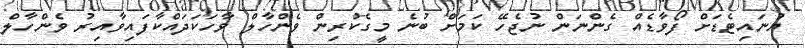
ޔުނައިޓެޑަށް ފޯވާޑެއް ގެންނަން ނުޖެހޭ ކަމަށް ބުނެ މީގެކުރިން ވެންހާލް ވާހަކަދައްކާފައިވާއިރު ވެންހާލް